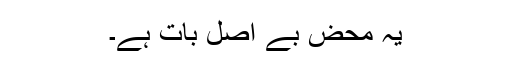
یہ محض بے اصل بات ہے۔